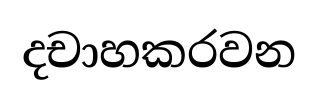
දචාහකරවන